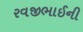
રવજીભાઈની